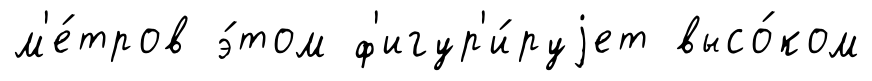
м'е́тров э́том ф'игур'и́руjет высо́ком